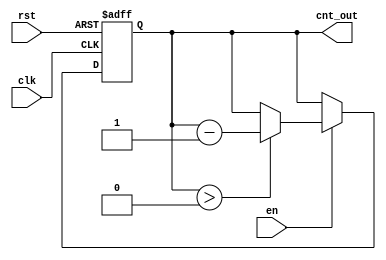
module down_counter_moore #(
    parameter N = 3 // Number of bits (max count = 2^N - 1)
)(
    input wire clk,       // Clock input
    input wire rst,       // Asynchronous reset input
    input wire en,        // Enable input
    output reg [N-1:0] cnt_out // Current count output
);

// State variable to hold the current count value
always @(posedge clk or posedge rst) begin
    if (rst) begin
        cnt_out <= N; // Reset to maximum count
    end else if (en) begin
        if (cnt_out > 0) begin
            cnt_out <= cnt_out - 1; // Count down
        end
        // When cnt_out == 0, it stays at 0
    end
end

endmodule